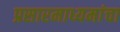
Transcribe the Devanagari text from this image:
प्रसारमाध्यमांचा